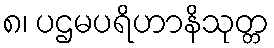
၈၊ ပဌမပရိဟာနိသုတ္တ